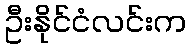
ဦးနိုင်ငံလင်းက